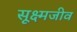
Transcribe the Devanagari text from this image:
सूक्ष्‍मजीव